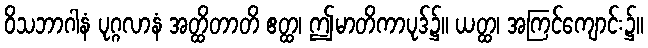
ဝိသဘာဂါနံ ပုဂ္ဂလာနံ အတ္ထိတာတိ ဧတ္ထ၊ ဤမာတိကာပုဒ်၌။ ယတ္ထ၊ အကြင်ကျောင်း၌။